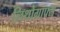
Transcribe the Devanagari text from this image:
लिथोग्राफ्स